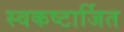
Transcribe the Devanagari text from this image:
स्वकष्टार्जित